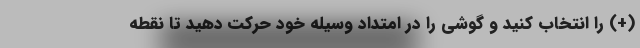
(+) را انتخاب کنید و گوشی را در امتداد وسیله خود حرکت دهید تا نقطه